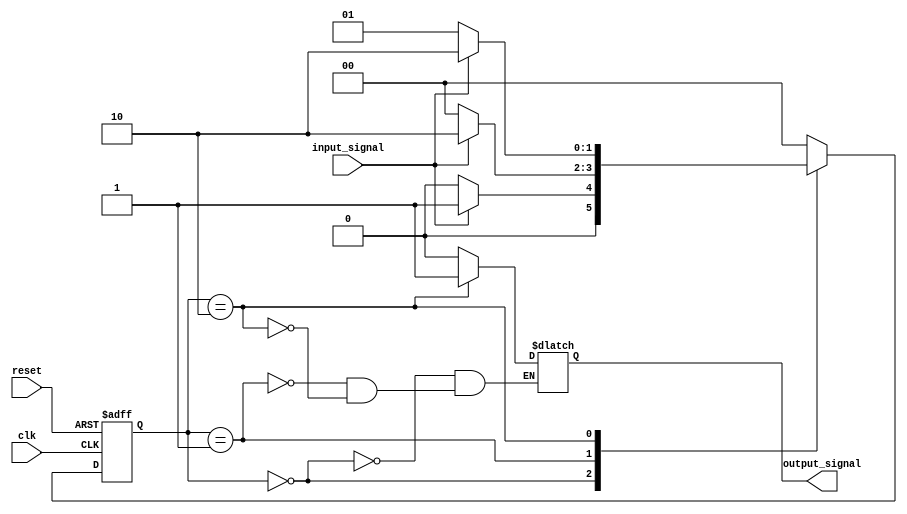
module mealy_state_machine (
    input wire clk,
    input wire reset,
    input wire input_signal,
    output reg output_signal
);

//Define states
parameter S0 = 2'b00;
parameter S1 = 2'b01;
parameter S2 = 2'b10;

//Define state registers
reg [1:0] current_state;
reg [1:0] next_state;

//Define state transitions
always @(posedge clk or posedge reset) begin
    if (reset) begin
        current_state <= S0;
    end else begin
        current_state <= next_state;
    end
end

//Define state transitions
always @* begin
    case (current_state)
        S0: begin
            next_state = input_signal ? S1 : S0;
            output_signal = 0;
        end
        S1: begin
            next_state = input_signal ? S2 : S0;
            output_signal = 0;
        end
        S2: begin
            next_state = input_signal ? S2 : S1;
            output_signal = 1;
        end
        default: next_state = S0;
    endcase
end

endmodule